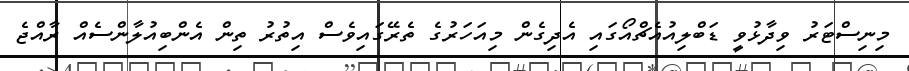
މިނިސްޓަރު ވިދާޅުވީ ޑަބްލިއުއެޗްއޯގައި އެދިގެން މިއަހަރުގެ ތެރޭގައިވެސް އިތުރު ތިން އެންބިއުލާންސެއް ރާއްޖެ